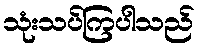
သုံးသပ်ကြပါသည်